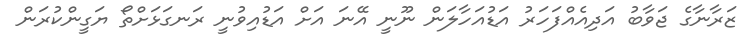
ޒަރާނާގެ ޖަވާބު އަދިއެއްފަހަރު އަޑުއަހާލަން ނޫނީ އޭނަ އަށް އަޑުއިވުނީ ރަނގަޅަށްތޯ ޔަގީންކުރަން